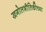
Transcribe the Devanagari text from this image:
खगोलभौतिकीच्या